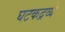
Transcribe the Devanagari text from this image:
घटकद्रव्ये